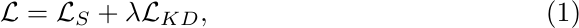
\begin{equation}
    \mathcal{L}=\mathcal{L}_{S}+\lambda\mathcal{L}_{KD},
\end{equation}